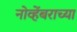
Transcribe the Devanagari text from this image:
नोव्हेंबराच्या